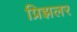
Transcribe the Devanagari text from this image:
प्रिझलर